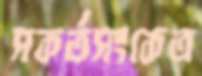
সকর্তসংকেত